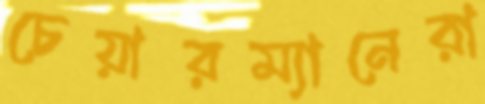
চেয়ারম্যানেরা